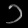
Digit: ၁